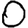
Digit: 0